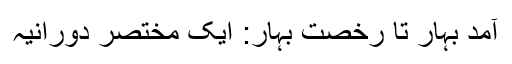
آمد بہار تا رخصت بہار: ایک مختصر دورانیہ